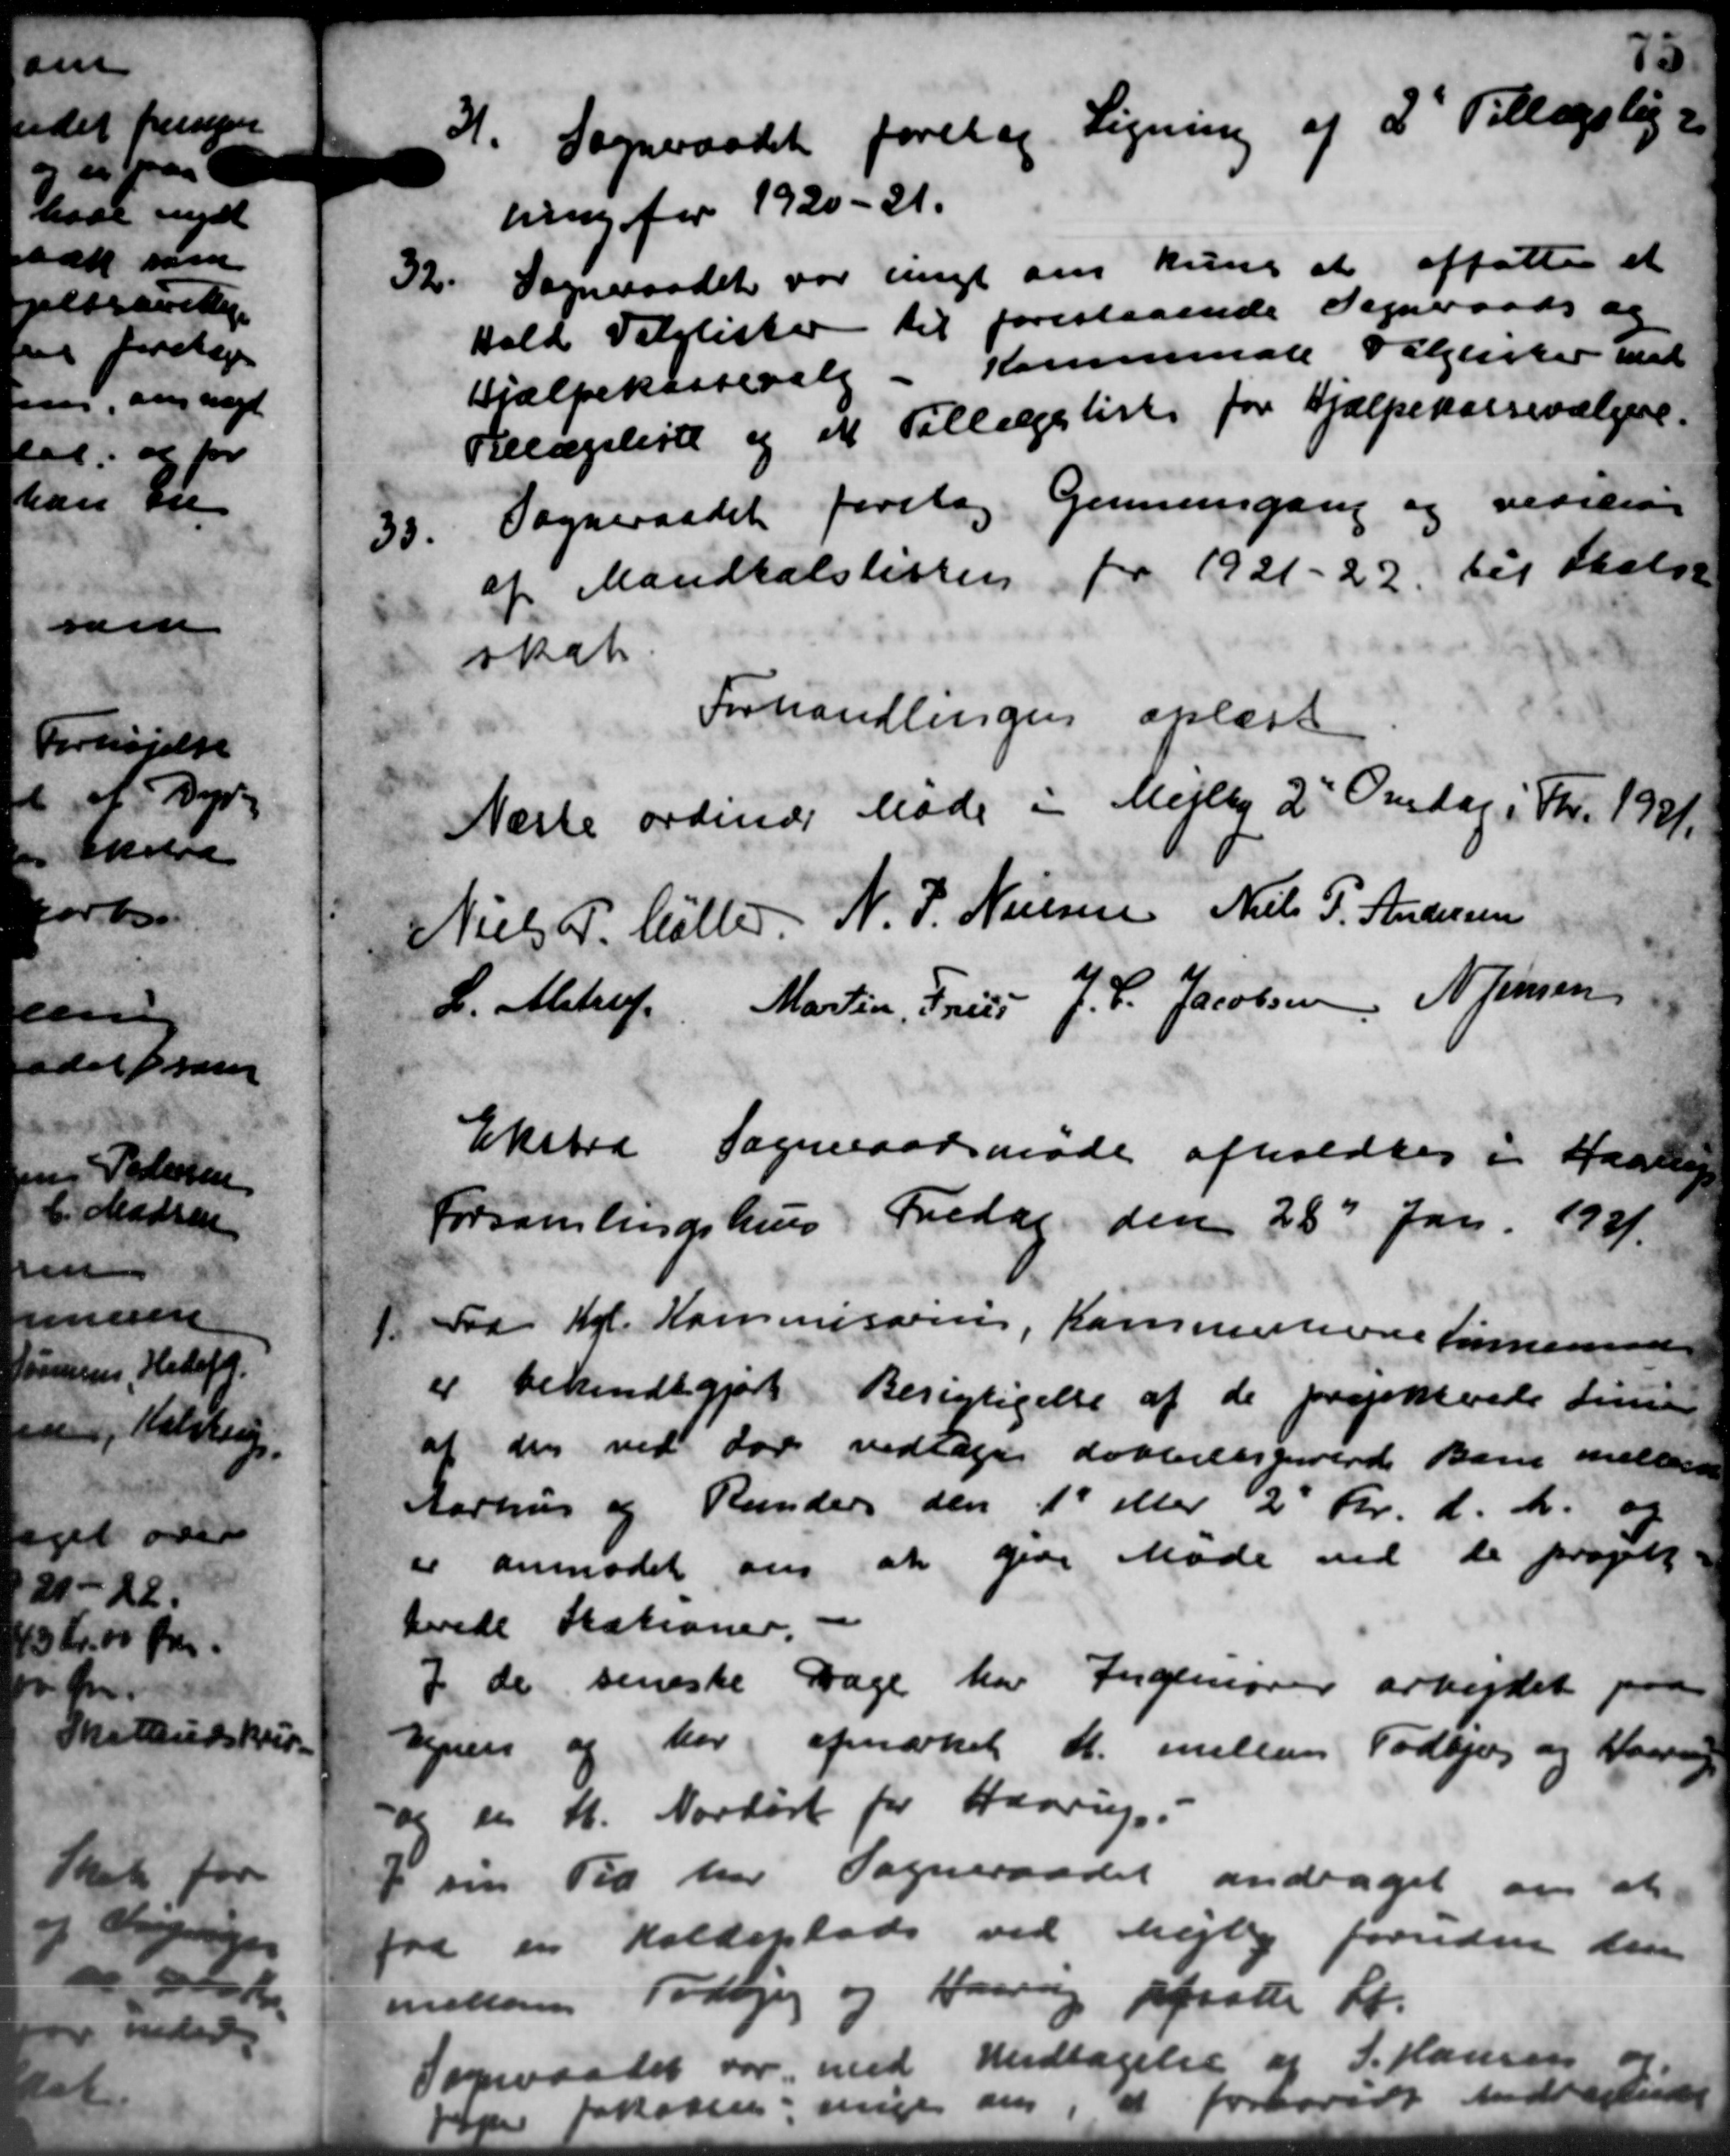
Transskription:
3. Sogneraadet foretag. Ligning af 2' Tillægslige
3. Sogneraadet foretag. Ligning af 2' Tillægslige
ning for 1920-21.
32.
Sogneraadet var ungt om kun at affattes et
Vald Valglister til forestaaende Sogneraads og
Hjælpekassevalg i Kommunale Valglister med
Belægsliste og et Tillægsliste for Hjælpekassevælgere.
33.
Sogneraadet foretog Gennemgang og revision
af Mandtalslisten for 1921-22 til Skælse
skab.
Forhandlingen oplæst
Næste ordinær Møde i Mejlby 2 Onsdag i For 1921.
Niels P. Møller N. P. Nielsen Niels P. Andersen
L. Alstrup Martin, Friis J. C. Jacobsen N. Jensen
Ekstra Sogneraadsmøde afholdtes i Haaren
Forsamlingshus Fredag den 28d Jan. 1921.
Fra Kgl. Kommissen, Kommunerne førerend
Fra Kgl. Kommissen, Kommunerne førerend
er bekendtgjort Besigtigelse af de forspekterede Linie
af den ved for vedtoges dobbeltsgivende Barn mellem
Aarhus og Runders den 1 eller 2 Kr. d. A. og
er anmodet om at give Møde ved de projett
berede Stationer.
I de seneste Dage har Ingeniører arbejdet pr
syner og har afmærket M. mellem Todbjerg og Haarup
og en S. Novkort for Haarup.
I sin Tid har Sogneraadet andraget om at
fra en Koldeplads ved Mejby foruden den
mellem Todbjerg og Haarup afsatte St.
Sogeraadet var med Undtagelse af J. Hansen
forhøvidt indrettig
Johannes rige de i
"